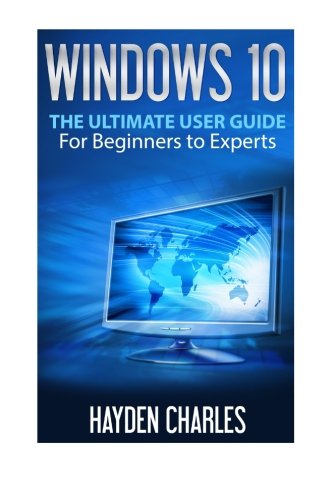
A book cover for Windows 10: The Ultimate User Guide, For Beginners to Experts (Operating System) (Volume 1); Hayden Charles; Computers & Technology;